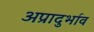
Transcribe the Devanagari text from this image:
अप्रादुर्भाव